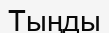
Тыңды